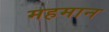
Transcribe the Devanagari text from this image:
महमान